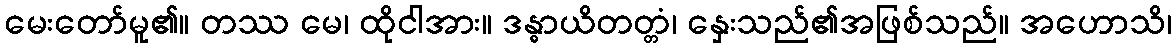
မေးတော်မူ၏။ တဿ မေ၊ ထိုငါအား။ ဒန္ဓာယိတတ္တံ၊ နှေးသည်၏အဖြစ်သည်။ အဟောသိ၊